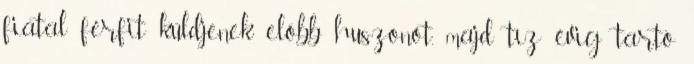
fiatal férfit küldjenek előbb huszonöt, majd tíz évig tartó